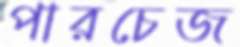
পারচেজ